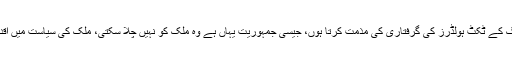
خورشید شاہ نے جلسے سے خطاب کرتے ہوئے کہا کہ میں ن لیگ کے ٹکٹ ہولڈرز کی گرفتاری کی مذمت کرتا ہوں، جیسی جمہوریت یہاں ہے وہ ملک کو نہیں چلا سکتی، ملک کی سیاست میں اقدار ختم ہو چکی ہیں، ایم این اے، ایم پی اے شپ اہمیت نہیں رکھتی۔